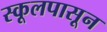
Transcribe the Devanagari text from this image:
स्कूलपासून